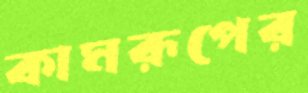
কামরূপের